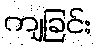
ကျခြင်း